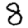
Digit: 8